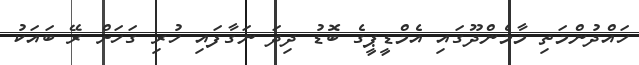
ހައްދުންމަތި މާމެންދޫގައި އެމްޑީޕީގެ ބޮޑު ދިދަ ނަގާފައި ހުރި ގަހަށް ރޭ ބައަކު